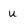
Character: u